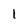
Character: 1